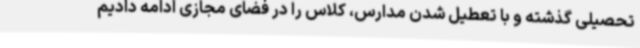
تحصیلی گذشته و با تعطیل شدن مدارس، کلاس را در فضای مجازی ادامه دادیم